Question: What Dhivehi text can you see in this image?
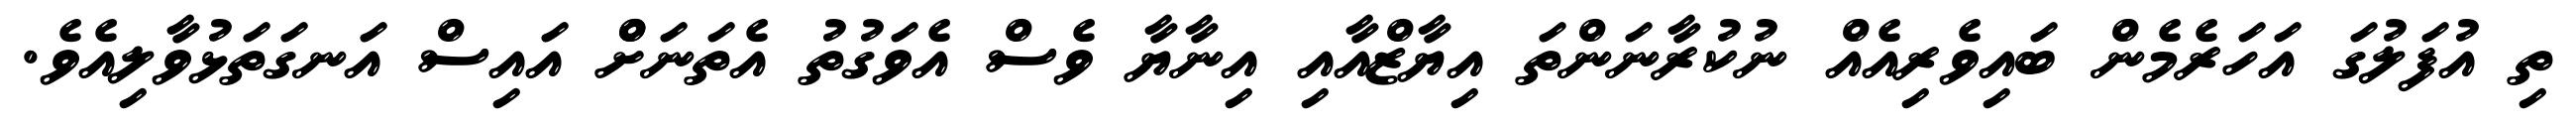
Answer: ތި އުފަލުގަ އަހަރެމެން ބައިވެރިއެއް ނުކުރާނަންތަ އިޔާޒްއާއި އިނާޔާ ވެސް އެވަގުތު އެތަނަށްް އައިސް އަނގަތަޅުވާލިއެވެ.